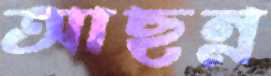
আছন্ন